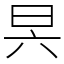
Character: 昗